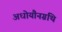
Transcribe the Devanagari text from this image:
अधोयौनग्रंथि